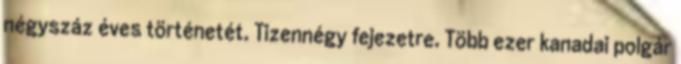
négyszáz éves történetét. Tizennégy fejezetre. Több ezer kanadai polgár